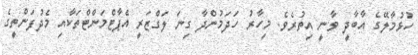
ހުޅުމާލޭގެ އާބާދީ ވާނީ އިތުރެވެ. މިހާރު ހަދަމުންދާ ގިނަ ލަގްޒަރީ އެޕާޓްމަންޓްތަކާއި މެދުފަންތީގެ